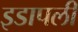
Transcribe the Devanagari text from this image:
इडापली